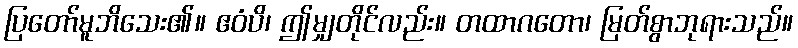
ပြတော်မူဘိသေး၏။ ဧဝံပိ၊ ဤမျှတိုင်လည်း။ တထာဂတော၊ မြတ်စွာဘုရားသည်။